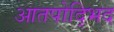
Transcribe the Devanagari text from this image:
आतपोद्भिद